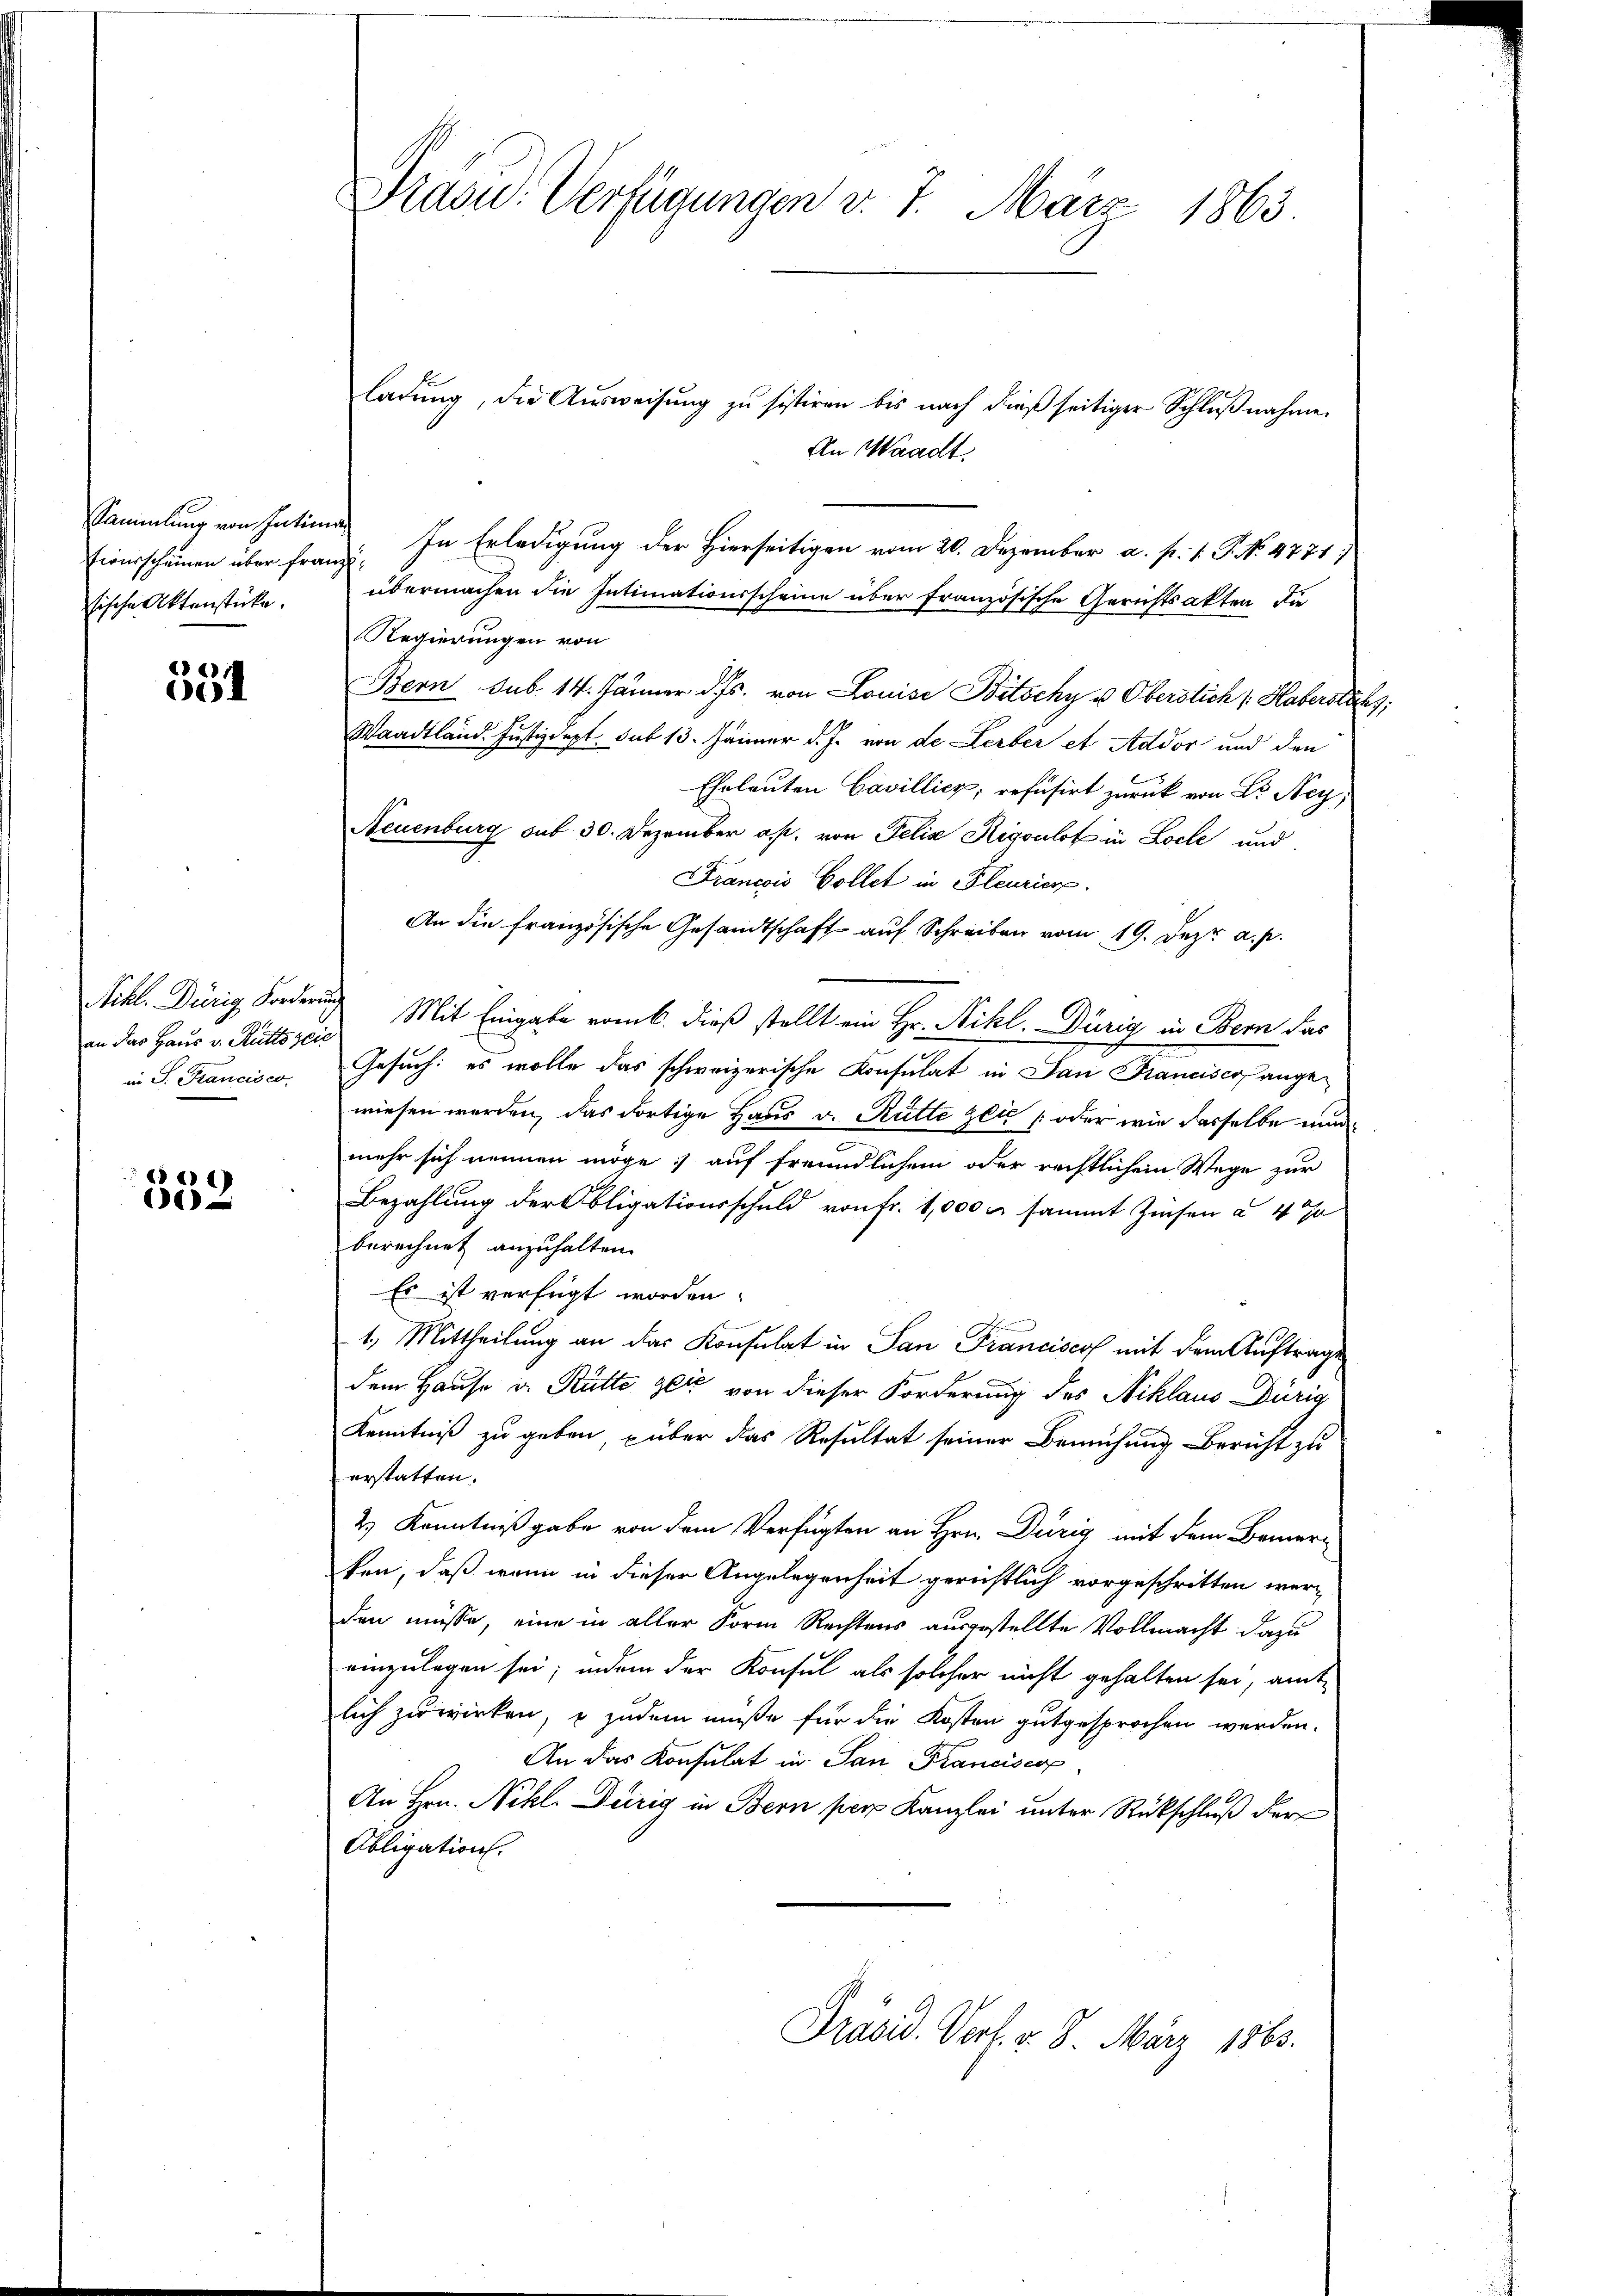
Eiurscheinen über franzisische Aktenstücke.

351

an das Haus v. Rüttszeic
in S. Francisco

e
1

Präsid.: Verfügungen d. 7. März 1863.

ladung, die Ausweisung zu sistiren bis nach dieß seitiger Schlußnahme.
An Waadt
Sammlung von Intimes In Erledigung der Hierseitigen vom 20. Dezember a. p. 1. P. No. 4771)
übermachen die Intimationsscheine über französische Gerichtsakten, die
Regierungen von
Bern sub. 14. Jänner d. Js. von Louise Bitschy u Oberstich Habersteht;
Waadtland Justizdept. sub 13. Jänner d. J. von de Lerber et Addor und den
Eheleuten Cavillicz, refusirt zurück von Dr. Ney
Neuenburg sub 30. Dezember es. von Felix Rigoulot in Loche und
Francois Collet in Pleurier
An die französische Gesandtschaft auf Schreiben vom 19. Dez. a. p.
Nikl. Dürig Forderung Mit Eingabe vom 6. dieß stellt ein Hr. Nikl. Dürig in Bern das
Gesuch: es wolle das schweizerische Konsulat in San Franciscop ange
wiesen werden, das dortige Haus v. Rütte zeit (oder wie dasselbe nun
mehr sich nennen möge; auf freundlichem oder rechtlichem Wege zur
Bezahlung der Obligationsschuld von Fr. 1,000 M sammt Zinsen a 4 Ja
berechnet anzuhalten.
Es ist verfügt worden.
1.) Mittheilung an das Konsulat in San Francisco mit dem Auftrage
dem Hause v. Bütte gli von dieser Forderung des Niklaus Dürig
Kenntniß zu geben, über das Resultat seiner Bemühung Bericht zu
erstatten.
2) Kenntnißgabe von dem Verfügten an Hrn. Dürig mit dem Bemerfen, daß wenn in dieser Angelegenheit gerichtlich vorgeschritten werden müsse, eine in aller Form Rechtens ausgestellte Vollmacht dazu
einzulegen sei; indem der Konsul als solcher nicht gehalten sei, amt
lich zu wirken, & zudem müße für die Kosten gutgesprochen werden.
An das Konsulat in San Planciscop
An Hrn. Nikl. Dirig in Bern per Kanzlei unter Rückschluß der
Obligation.
Präsid. Verl. v. 8. März 1863.